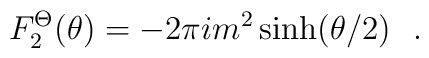
F_{2}^{\Theta }(\theta )=-2\pi im^{2}\sinh (\theta /2)\,\,\,\,.